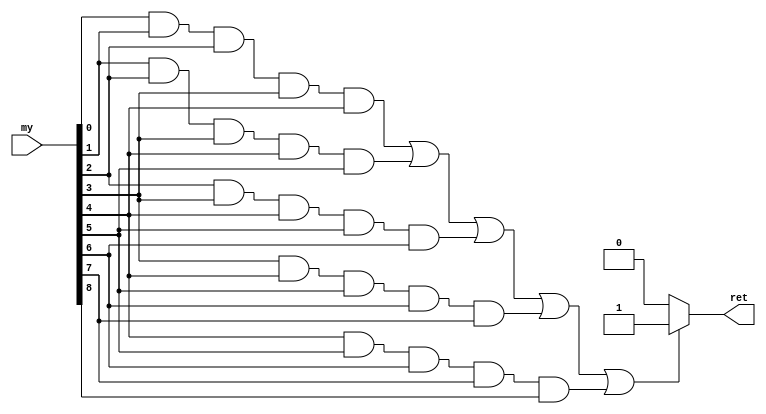
`timescale 1ns / 1ps
//------------------------------------------------------------------------------
// _ = empty | * = my chess | o = opponent's chess
//------------------------------------------------------------------------------

//------------------------------------------------------------------------------
// Recognize *****
//------------------------------------------------------------------------------
module pattern_five(
    input wire [8:0] my,
    output reg ret
    );
    
    always @ (*)
        if ((my[0] && my[1] && my[2] && my[3] && my[4]) ||
            (my[1] && my[2] && my[3] && my[4] && my[5]) ||
            (my[2] && my[3] && my[4] && my[5] && my[6]) ||
            (my[3] && my[4] && my[5] && my[6] && my[7]) ||
            (my[4] && my[5] && my[6] && my[7] && my[8]))
            ret = 1'b1;
        else
            ret = 1'b0;

endmodule

//------------------------------------------------------------------------------
// Recognize _****_
//------------------------------------------------------------------------------
module pattern_four(
    input wire [8:0] my,
    input wire [8:0] op,
    output reg ret
    );
    
    wire [8:0] empty;
    assign empty = ~(my | op);
    
    always @ (*)
        if ((empty[0] && my[1] && my[2] && my[3] && my[4] && empty[5]) ||
            (empty[1] && my[2] && my[3] && my[4] && my[5] && empty[6]) ||
            (empty[2] && my[3] && my[4] && my[5] && my[6] && empty[7]) ||
            (empty[3] && my[4] && my[5] && my[6] && my[7] && empty[8]))
            ret = 1'b1;
        else
            ret = 1'b0;

endmodule

//------------------------------------------------------------------------------
// Recognize o****_ | _****o | *_*** | ***_* | **_**
//------------------------------------------------------------------------------
module pattern_ffour(
    input wire [8:0] my,
    input wire [8:0] op,
    output reg ret
    );
    
    wire [8:0] empty;
    assign empty = ~(my | op);
    
    always @ (*)
        if ((op[0] && my[1] && my[2] && my[3] && my[4] && empty[5]) ||
            (op[1] && my[2] && my[3] && my[4] && my[5] && empty[6]) ||
            (op[2] && my[3] && my[4] && my[5] && my[6] && empty[7]) ||
            (op[3] && my[4] && my[5] && my[6] && my[7] && empty[8]) ||
            (empty[0] && my[1] && my[2] && my[3] && my[4] && op[5]) ||
            (empty[1] && my[2] && my[3] && my[4] && my[5] && op[6]) ||
            (empty[2] && my[3] && my[4] && my[5] && my[6] && op[7]) ||
            (empty[3] && my[4] && my[5] && my[6] && my[7] && op[8]) ||
            (my[0] && empty[1] && my[2] && my[3] && my[4]) ||
            (my[1] && empty[2] && my[3] && my[4] && my[5]) ||
            (my[2] && empty[3] && my[4] && my[5] && my[6]) ||
            (my[3] && empty[4] && my[5] && my[6] && my[7]) ||
            (my[4] && empty[5] && my[6] && my[7] && my[8]) ||
            (my[0] && my[1] && my[2] && empty[3] && my[4]) ||
            (my[1] && my[2] && my[3] && empty[4] && my[5]) ||
            (my[2] && my[3] && my[4] && empty[5] && my[6]) ||
            (my[3] && my[4] && my[5] && empty[6] && my[7]) ||
            (my[4] && my[5] && my[6] && empty[7] && my[8]) ||
            (my[0] && my[1] && empty[2] && my[3] && my[4]) ||
            (my[1] && my[2] && empty[3] && my[4] && my[5]) ||
            (my[2] && my[3] && empty[4] && my[5] && my[6]) ||
            (my[3] && my[4] && empty[5] && my[6] && my[7]) ||
            (my[4] && my[5] && empty[6] && my[7] && my[8]))
            ret = 1'b1;
        else
            ret = 1'b0;

endmodule

//------------------------------------------------------------------------------
// Recognize _***_ | _**_*_ | _*_**_
//------------------------------------------------------------------------------
module pattern_three(
    input wire [8:0] my,
    input wire [8:0] op,
    output reg ret
    );
    
    wire [8:0] empty;
    assign empty = ~(my | op);
    
    always @ (*)
        if ((empty[0] && my[1] && my[2] && my[3] && empty[4]) ||
            (empty[1] && my[2] && my[3] && my[4] && empty[5]) ||
            (empty[2] && my[3] && my[4] && my[5] && empty[6]) ||
            (empty[3] && my[4] && my[5] && my[6] && empty[7]) ||
            (empty[4] && my[5] && my[6] && my[7] && empty[8]) ||
            (empty[0] && my[1] && my[2] && empty[3] && my[4] && empty[5]) ||
            (empty[1] && my[2] && my[3] && empty[4] && my[5] && empty[6]) ||
            (empty[2] && my[3] && my[4] && empty[5] && my[6] && empty[7]) ||
            (empty[3] && my[4] && my[5] && empty[6] && my[7] && empty[8]) ||
            (empty[0] && my[1] && empty[2] && my[3] && my[4] && empty[5]) ||
            (empty[1] && my[2] && empty[3] && my[4] && my[5] && empty[6]) ||
            (empty[2] && my[3] && empty[4] && my[5] && my[6] && empty[7]) ||
            (empty[3] && my[4] && empty[5] && my[6] && my[7] && empty[8]))
            ret = 1'b1;
        else
            ret = 1'b0;

endmodule

//------------------------------------------------------------------------------
// Recognize o_*** | ***_o
//------------------------------------------------------------------------------
module pattern_fthree(
    input wire [8:0] my,
    input wire [8:0] op,
    output reg ret
    );
    
    wire [8:0] empty;
    assign empty = ~(my | op);
    
    always @ (*)
        if ((op[0] && empty[1] && my[2] && my[3] && my[4]) ||
            (op[1] && empty[2] && my[3] && my[4] && my[5]) ||
            (op[2] && empty[3] && my[4] && my[5] && my[6]) ||
            (op[3] && empty[4] && my[5] && my[6] && my[7]) ||
            (op[4] && empty[5] && my[6] && my[7] && my[8]) ||
            (my[0] && my[1] && my[2] && empty[3] && op[4]) ||
            (my[1] && my[2] && my[3] && empty[4] && op[5]) ||
            (my[2] && my[3] && my[4] && empty[5] && op[6]) ||
            (my[3] && my[4] && my[5] && empty[6] && op[7]) ||
            (my[4] && my[5] && my[6] && empty[7] && op[8]))
            ret = 1'b1;
        else
            ret = 1'b0;

endmodule

//------------------------------------------------------------------------------
// Recognize _**_ | _*_*_
//------------------------------------------------------------------------------
module pattern_two(
    input wire [8:0] my,
    input wire [8:0] op,
    output reg ret
    );
    
    wire [8:0] empty;
    assign empty = ~(my | op);
    
    always @ (*)
        if ((empty[0] && my[1] && my[2] && empty[3]) ||
            (empty[1] && my[2] && my[3] && empty[4]) ||
            (empty[2] && my[3] && my[4] && empty[5]) ||
            (empty[3] && my[4] && my[5] && empty[6]) ||
            (empty[4] && my[5] && my[6] && empty[7]) ||
            (empty[5] && my[6] && my[7] && empty[8]) ||
            (empty[0] && my[1] && empty[2] && my[3] && empty[4]) ||
            (empty[1] && my[2] && empty[3] && my[4] && empty[5]) ||
            (empty[2] && my[3] && empty[4] && my[5] && empty[6]) ||
            (empty[3] && my[4] && empty[5] && my[6] && empty[7]) ||
            (empty[4] && my[5] && empty[6] && my[7] && empty[8]))
            ret = 1'b1;
        else
            ret = 1'b0;

endmodule

//------------------------------------------------------------------------------
// Recognize o***_ | _***o
//------------------------------------------------------------------------------
module pattern_sthree(
    input wire [8:0] my,
    input wire [8:0] op,
    output reg ret
    );
    
    wire [8:0] empty;
    assign empty = ~(my | op);
    
    always @ (*)
        if ((op[0] && my[1] && my[2] && my[3] && empty[4]) ||
            (op[1] && my[2] && my[3] && my[4] && empty[5]) ||
            (op[2] && my[3] && my[4] && my[5] && empty[6]) ||
            (op[3] && my[4] && my[5] && my[6] && empty[7]) ||
            (op[4] && my[5] && my[6] && my[7] && empty[8]) ||
            (empty[0] && my[1] && my[2] && my[3] && op[4]) ||
            (empty[1] && my[2] && my[3] && my[4] && op[5]) ||
            (empty[2] && my[3] && my[4] && my[5] && op[6]) ||
            (empty[3] && my[4] && my[5] && my[6] && op[7]) ||
            (empty[4] && my[5] && my[6] && my[7] && op[8]))
            ret = 1'b1;
        else
            ret = 1'b0;

endmodule

//------------------------------------------------------------------------------
// Recognize o_** | **_o
//------------------------------------------------------------------------------
module pattern_ftwo(
    input wire [8:0] my,
    input wire [8:0] op,
    output reg ret
    );
    
    wire [8:0] empty;
    assign empty = ~(my | op);
    
    always @ (*)
        if ((op[0] && empty[1] && my[2] && my[3]) ||
            (op[1] && empty[2] && my[3] && my[4]) ||
            (op[2] && empty[3] && my[4] && my[5]) ||
            (op[3] && empty[4] && my[5] && my[6]) ||
            (op[4] && empty[5] && my[6] && my[7]) ||
            (op[5] && empty[6] && my[7] && my[8]) ||
            (my[0] && my[1] && empty[2] && op[3]) ||
            (my[1] && my[2] && empty[3] && op[4]) ||
            (my[2] && my[3] && empty[4] && op[5]) ||
            (my[3] && my[4] && empty[5] && op[6]) ||
            (my[4] && my[5] && empty[6] && op[7]) ||
            (my[5] && my[6] && empty[7] && op[8]))
            ret = 1'b1;
        else
            ret = 1'b0;

endmodule

//------------------------------------------------------------------------------
// Recognize o**_ | _**o
//------------------------------------------------------------------------------
module pattern_stwo(
    input wire [8:0] my,
    input wire [8:0] op,
    output reg ret
    );
    
    wire [8:0] empty;
    assign empty = ~(my | op);
    
    always @ (*)
        if ((op[0] && my[1] && my[2] && empty[3]) ||
            (op[1] && my[2] && my[3] && empty[4]) ||
            (op[2] && my[3] && my[4] && empty[5]) ||
            (op[3] && my[4] && my[5] && empty[6]) ||
            (op[4] && my[5] && my[6] && empty[7]) ||
            (op[5] && my[6] && my[7] && empty[8]) ||
            (empty[0] && my[1] && my[2] && op[3]) ||
            (empty[1] && my[2] && my[3] && op[4]) ||
            (empty[2] && my[3] && my[4] && op[5]) ||
            (empty[3] && my[4] && my[5] && op[6]) ||
            (empty[4] && my[5] && my[6] && op[7]) ||
            (empty[5] && my[6] && my[7] && op[8]))
            ret = 1'b1;
        else
            ret = 1'b0;

endmodule